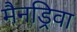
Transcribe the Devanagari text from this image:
मैनड्रिवा